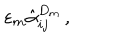
\varepsilon _ { m } \hat { \alpha } _ { i j } ^ { D _ { m } } \, ,